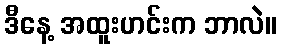
ဒီနေ့ အထူးဟင်းက ဘာလဲ။